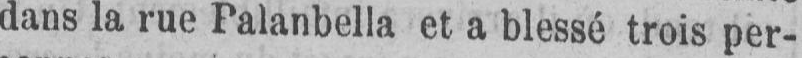
dans la rue Palanbella et a blessé trois per-